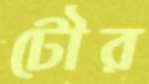
টৌর